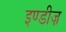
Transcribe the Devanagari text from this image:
इण्डीज़